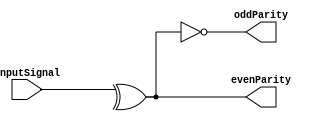

module parityBits( inputSignal , evenParity , oddParity);

input [31:0]inputSignal ;

output evenParity;
output oddParity;

assign evenParity = ^inputSignal;
assign oddParity  = ~evenParity;

endmodule